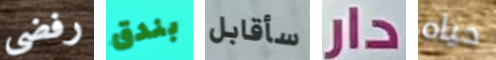
رفضي بندق سأقابل دار حياه